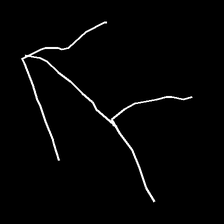
Glyph: gather